Rakvere_kinnistusamet, lk 41
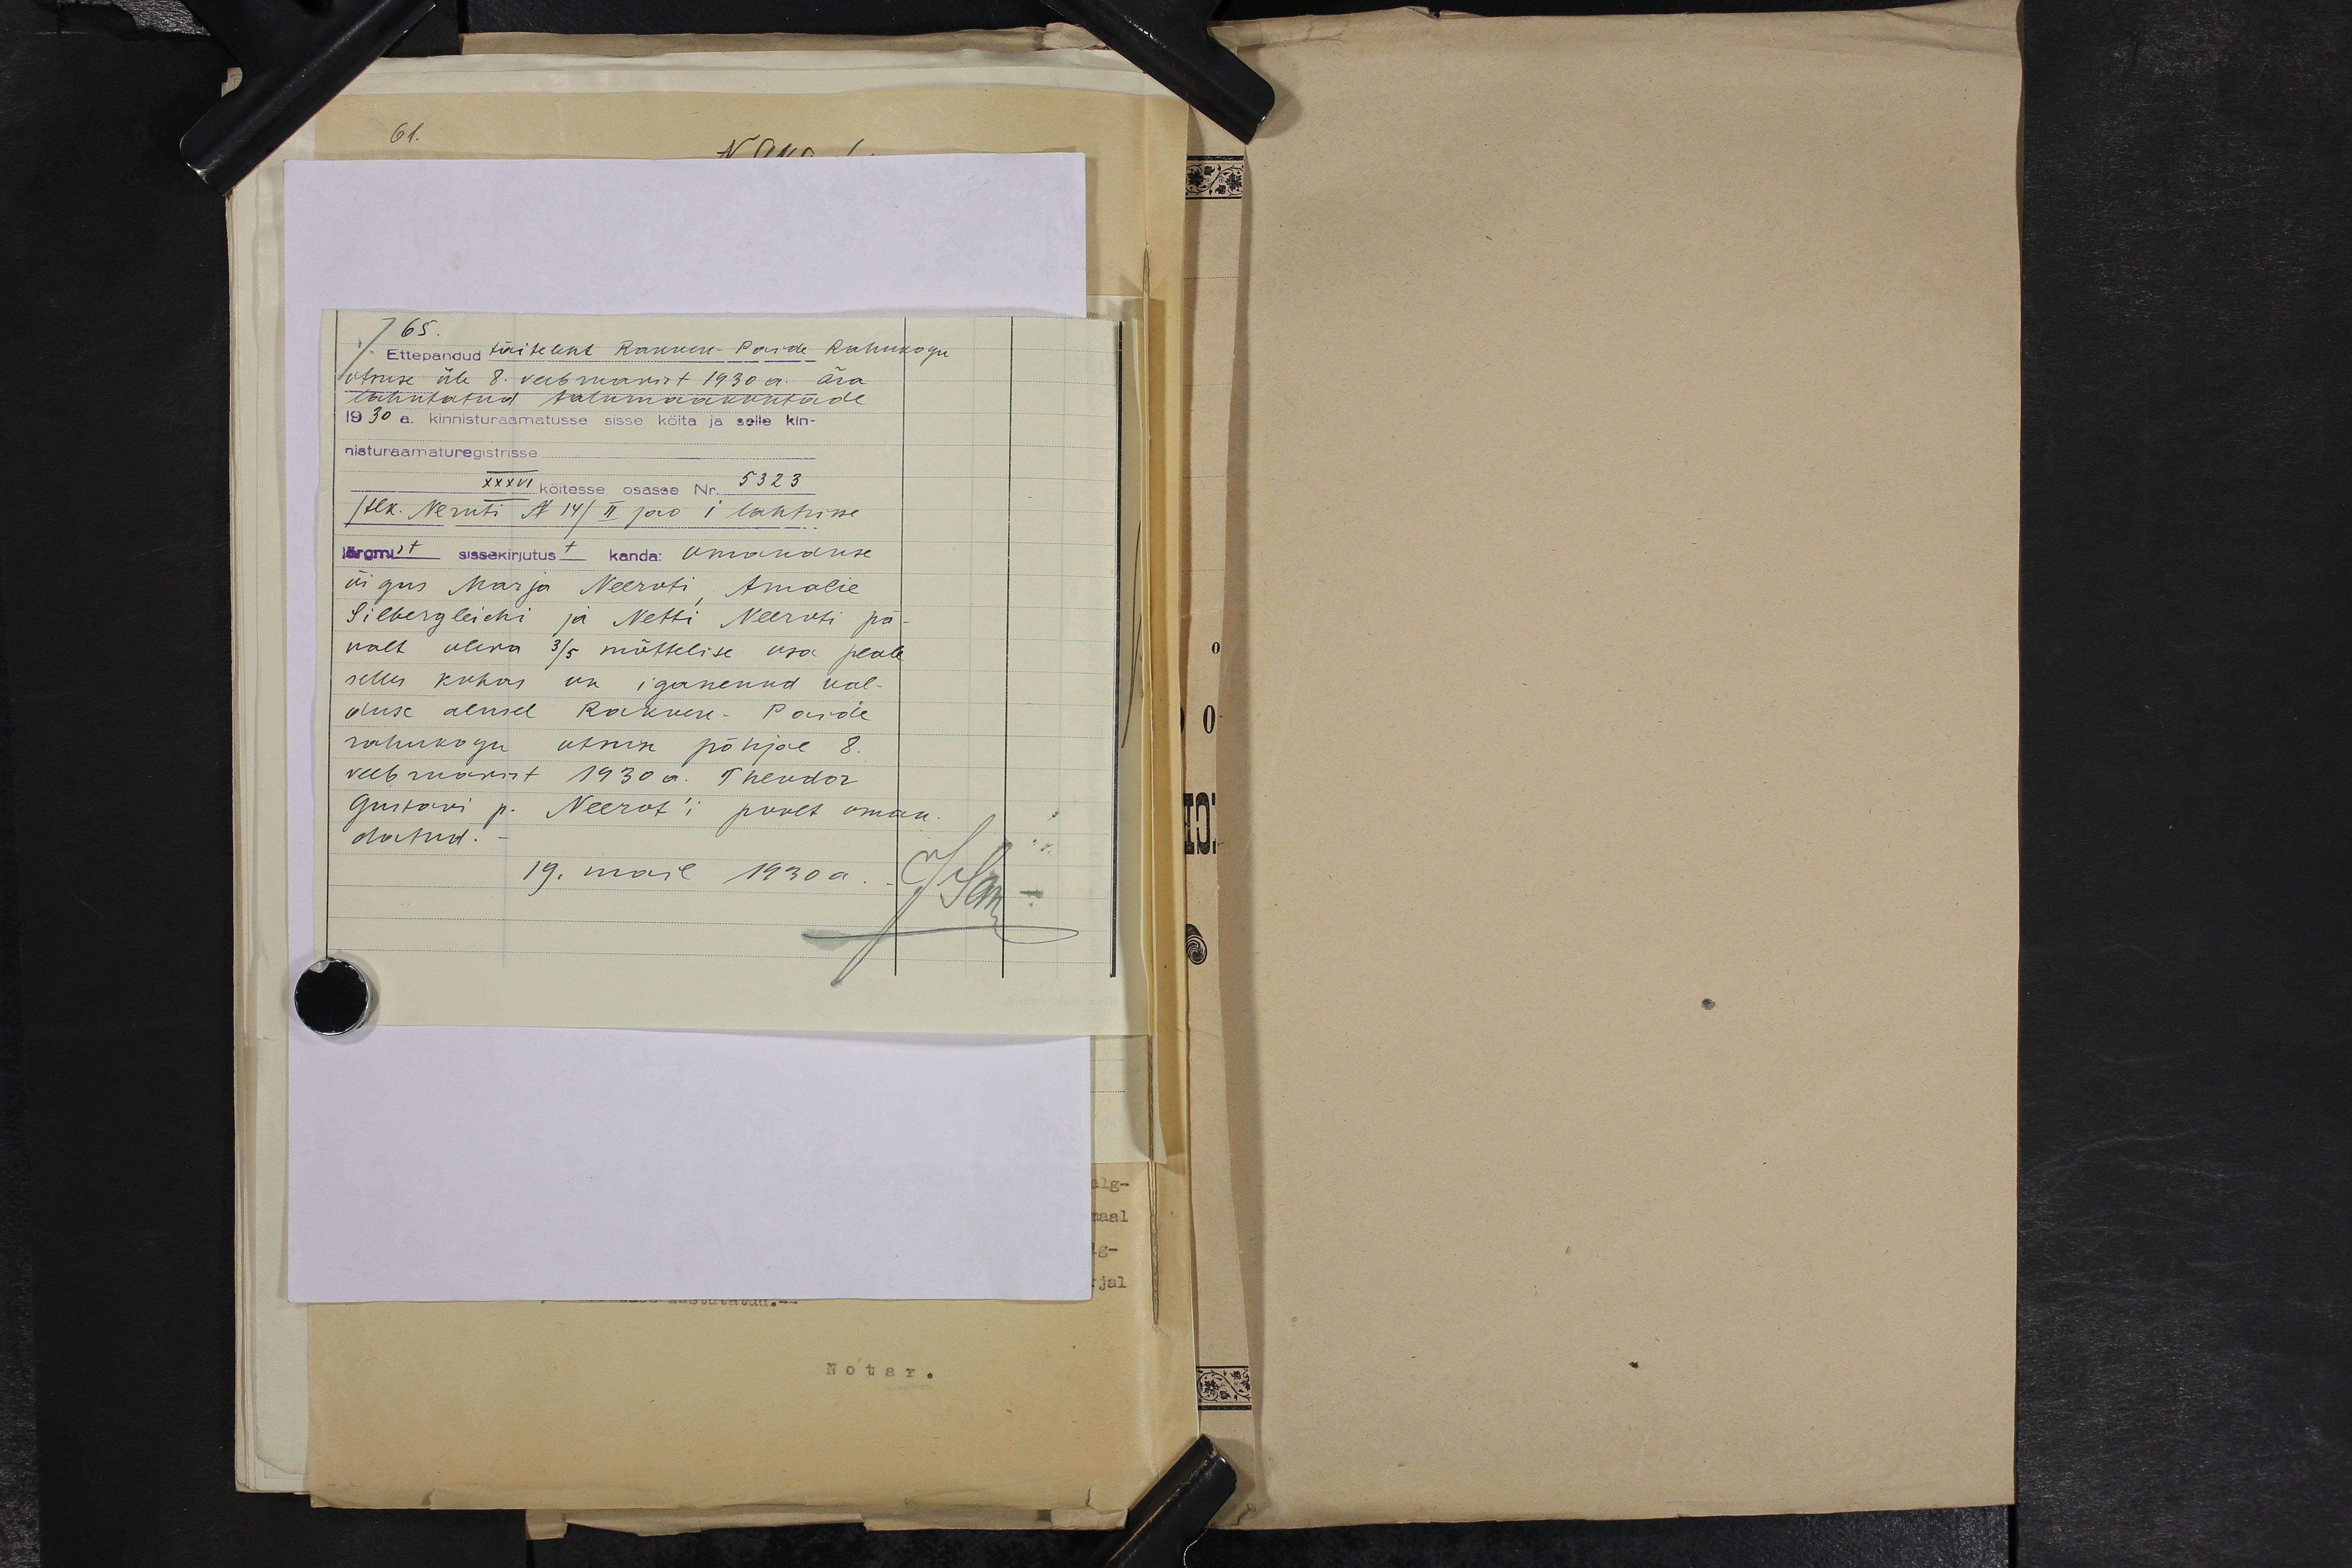
65.
Ettepandud täiteleht Rakvere-Paide Rahukogu
otsuse üle 8. veebruarist 1930 a. ära
lahutatud talumaakohtade
1930 a. kinnisturaamatusse sisse köita ja selle kin-
nisturaamaturegistrisse
XXXVI köitesse osasse Nr 5323
/tlk. Neruti N 14/ II jao I lahtrisse
järgmist sissekirjutust kanda: omanduse
õigus Marja Neeroti, Amalie
Silbergleichi ja Netti Neeroti pä-
ralt oleva 3/5 mõttelise osa peale
selles kohas on iganenud val-
duse alusel Rakvere-Paide
rahukogu otsuse põhjal 8.
veebruarist 1930 a. Theodor
Gustavi p. Neerot'i poolt oman-
datud.
19. mail 1930a.